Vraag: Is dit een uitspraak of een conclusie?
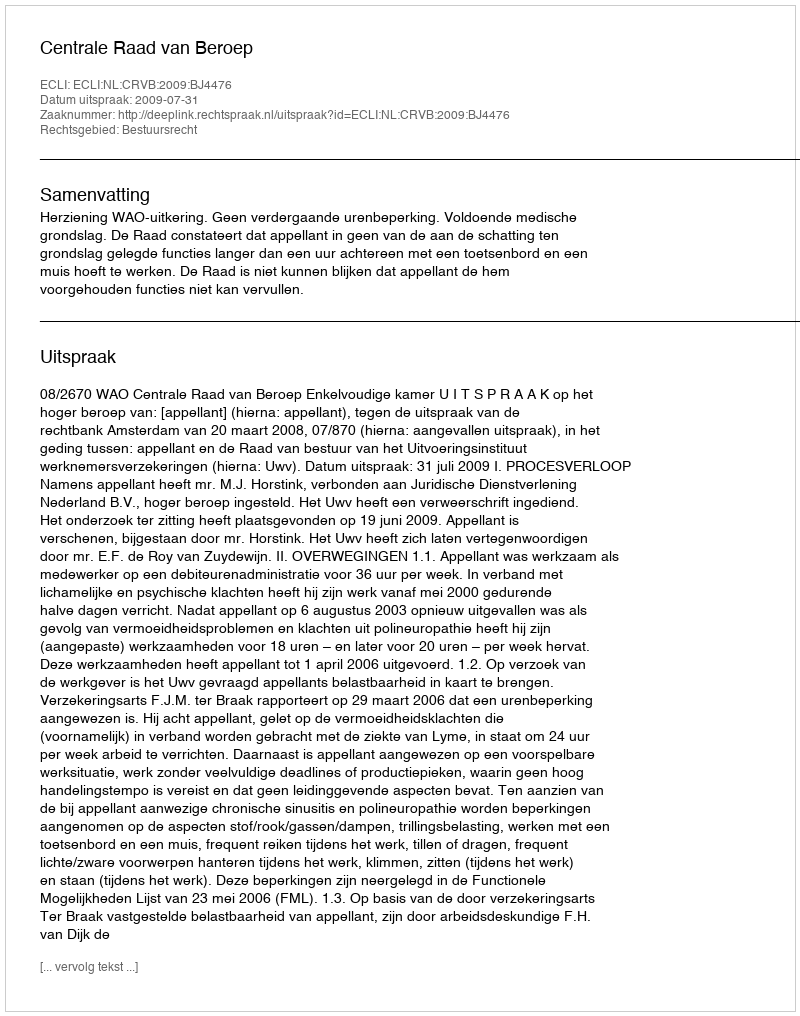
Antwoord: Uitspraak